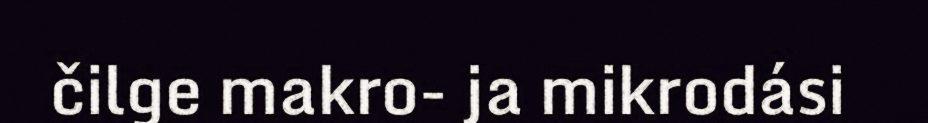
čilge makro- ja mikrodási